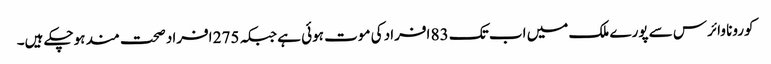
کورونا وائرس سے پورے ملک میں اب تک 83 افراد کی موت ہوئی ہے جبکہ 275 افراد صحت مند ہوچکے ہیں۔